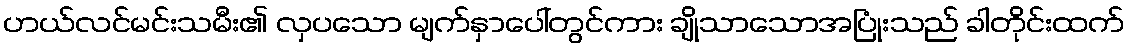
ဟယ်လင်မင်းသမီး၏ လှပသော မျက်နှာပေါ်တွင်ကား ချိုသာသောအပြုံးသည် ခါတိုင်းထက်